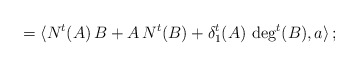
\begin{align*}= \langle N^t (A) \, B + A \, N^t (B) + \delta_1^t (A) \, \deg^t (B) , a \rangle \, ;\end{align*}